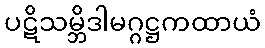
ပဋိသမ္ဘိဒါမဂ္ဂဋ္ဌကထာယံ